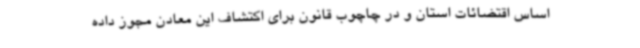
اساس اقتضائات استان و در چاچوب قانون برای اکتشاف این معادن مجوز داده